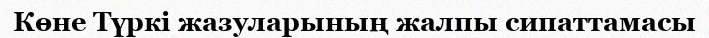
Көне Түркі жазуларының жалпы сипаттамасы